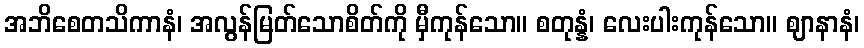
အဘိစေတသိကာနံ၊ အလွန်မြတ်သောစိတ်ကို မှီကုန်သော။ စတုန္နံ၊ လေးပါးကုန်သော။ ဈာနာနံ၊